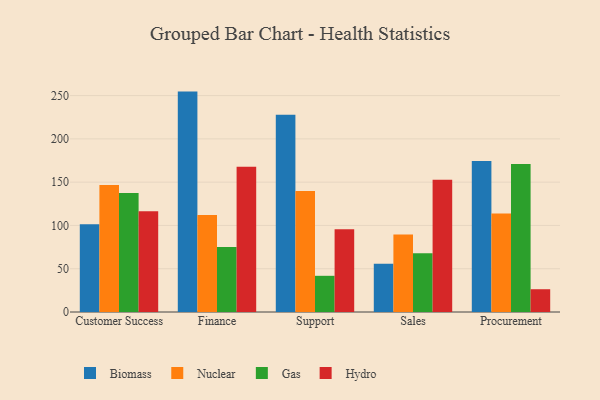
{"axis": {"x": "Department", "y": "Net Income (USD K)"}, "legend": ["Biomass", "Gas", "Hydro", "Nuclear"], "data": [{"x": "Customer Success", "y": 101.3, "type": "Biomass"}, {"x": "Customer Success", "y": 146.6, "type": "Nuclear"}, {"x": "Customer Success", "y": 137.6, "type": "Gas"}, {"x": "Customer Success", "y": 116.4, "type": "Hydro"}, {"x": "Finance", "y": 254.6, "type": "Biomass"}, {"x": "Finance", "y": 112.1, "type": "Nuclear"}, {"x": "Finance", "y": 75.1, "type": "Gas"}, {"x": "Finance", "y": 167.8, "type": "Hydro"}, {"x": "Support", "y": 227.9, "type": "Biomass"}, {"x": "Support", "y": 139.7, "type": "Nuclear"}, {"x": "Support", "y": 41.8, "type": "Gas"}, {"x": "Support", "y": 95.7, "type": "Hydro"}, {"x": "Sales", "y": 55.7, "type": "Biomass"}, {"x": "Sales", "y": 89.6, "type": "Nuclear"}, {"x": "Sales", "y": 67.8, "type": "Gas"}, {"x": "Sales", "y": 152.8, "type": "Hydro"}, {"x": "Procurement", "y": 174.3, "type": "Biomass"}, {"x": "Procurement", "y": 113.8, "type": "Nuclear"}, {"x": "Procurement", "y": 170.9, "type": "Gas"}, {"x": "Procurement", "y": 26.3, "type": "Hydro"}]}